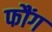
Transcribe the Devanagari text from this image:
फौंग